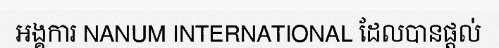
អង្គការ NANUM INTERNATIONAL ដែលបានផ្តល់